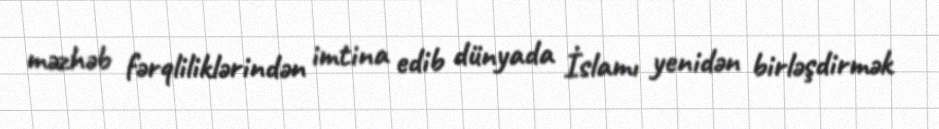
məzhəb fərqliliklərindən imtina edib dünyada İslamı yenidən birləşdirmək